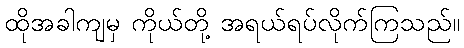
ထိုအခါကျမှ ကိုယ်တို့ အရယ်ရပ်လိုက်ကြသည်။